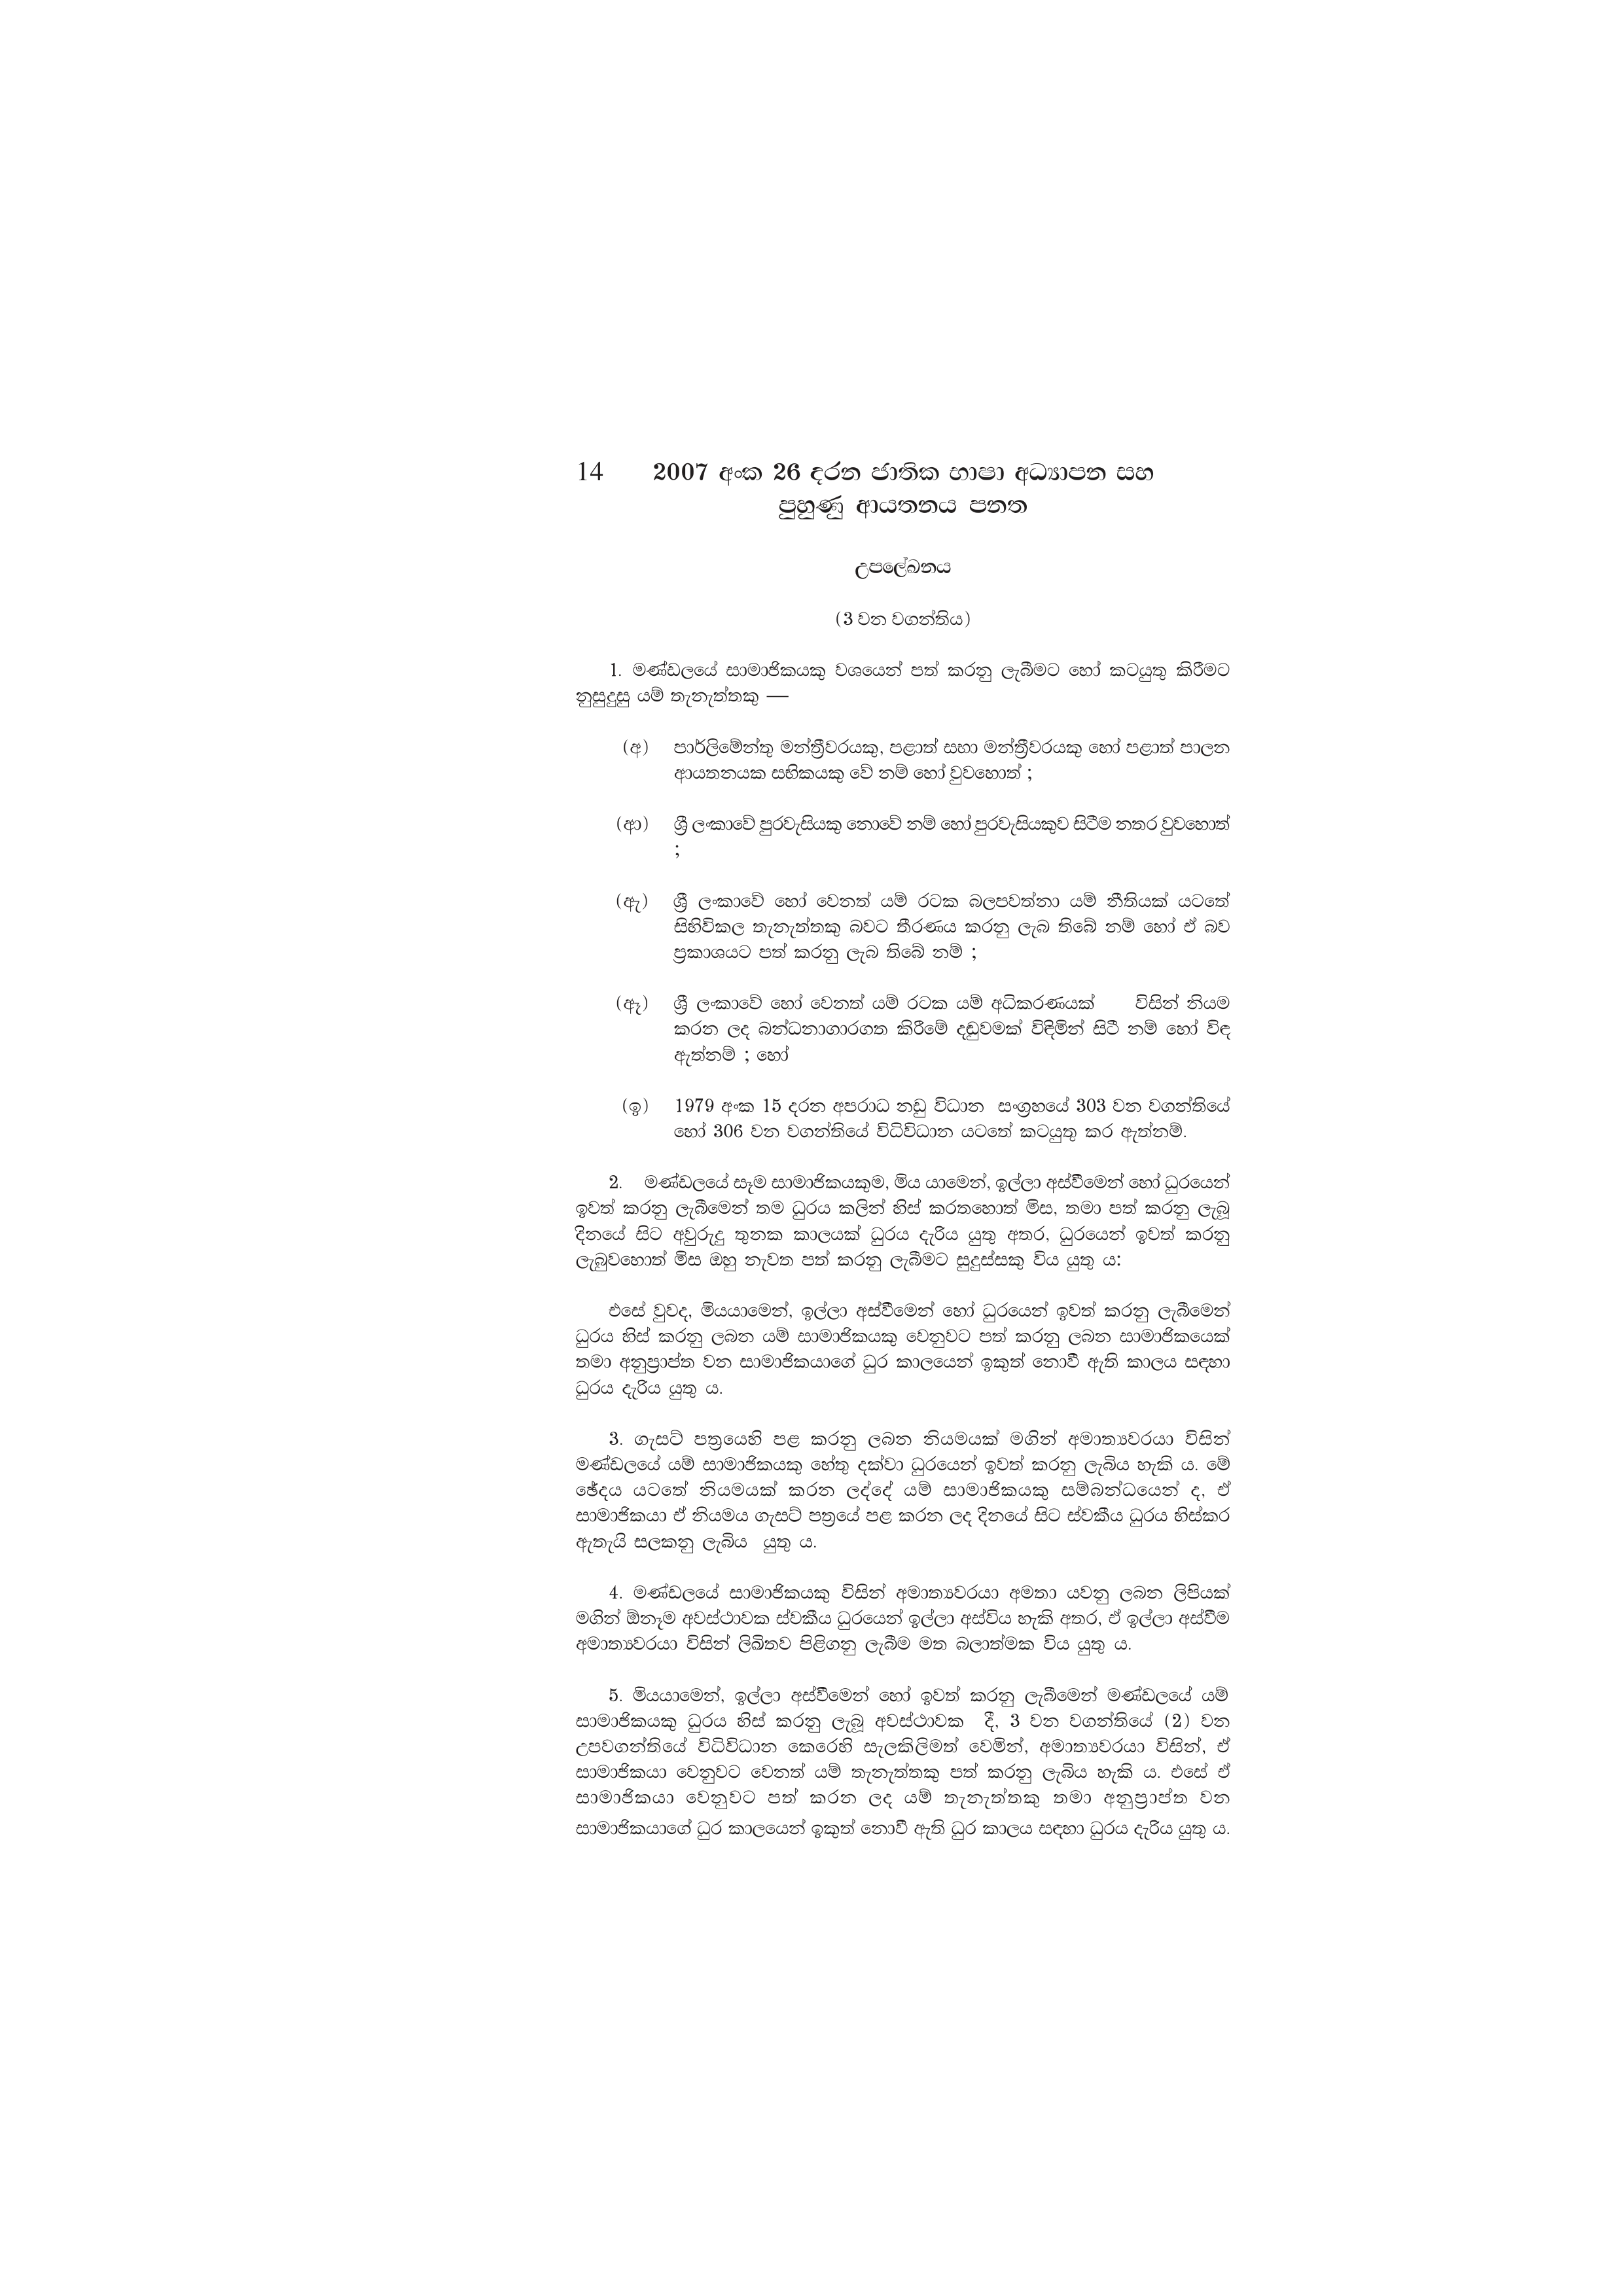
14 2007 අංක 26 දරන ජාතික භාෂා අධ්‍යාපන සහ
පුහුණු ආයතනය පනත

උපලේඛනය

(3 වන වගන්තිය)

1. මණ්ඩලයේ සාමාජිකයකු වශයෙන් පත් කරනු ලැබීමට හෝ කටයුතු කිරීමට
නුසුදුසු යම් තැනැත්තකු —

(අ) පාර්ලිමේන්තු මන්ත්‍රීවරයකු, පළාත් සභා මන්ත්‍රීවරයකු හෝ පළාත් පාලන
ආයතනයක සභිකයකු වේ නම් හෝ වුවහොත් ;

(ආ) ශ්‍රී ලංකාවේ පුරවැසියකු නොවේ නම් හෝ පුරවැසියකුව සිටීම නතර වුවහොත්

(ඇ) ශ්‍රී ලංකාවේ හෝ වෙනත් යම් රටක බලපවත්නා යම් නීතියක් යටතේ
සිහිවිකල තැනැත්තකු බවට තීරණය කරනු ලැබ තිබේ නම් හෝ ඒ බව
ප්‍රකාශයට පත් කරනු ලැබ තිබේ නම් ;

(ඈ) ශ්‍රී ලංකාවේ හෝ වෙනත් යම් රටක යම් අධිකරණයක් විසින් නියම
කරන ලද බන්ධනාගාරගත කිරීමේ දඬුවමක් විඳිමින් සිටී නම් හෝ විඳ
ඇත්නම් ; හෝ

(ඉ) 1979 අංක 15 දරන අපරාධ නඩු විධාන සංග්‍රහයේ 303 වන වගන්තියේ
හෝ 306 වන වගන්තියේ විධිවිධාන යටතේ කටයුතු කර ඇත්නම්.

2. මණ්ඩලයේ සෑම සාමාජිකයකුම, මිය යාමෙන්, ඉල්ලා අස්වීමෙන් හෝ ධුරයෙන්
ඉවත් කරනු ලැබීමෙන් තම ධුරය කලින් හිස් කරතහොත් මිස, තමා පත් කරනු ලැබූ
දිනයේ සිට අවුරුදු තුනක කාලයක් ධුරය දැරිය යුතු අතර, ධුරයෙන් ඉවත් කරනු
ලැබුවහොත් මිස ඔහු නැවත පත් කරනු ලැබීමට සුදුස්සකු විය යුතු ය:

එසේ වුවද, මියයාමෙන්, ඉල්ලා අස්වීමෙන් හෝ ධුරයෙන් ඉවත් කරනු ලැබීමෙන්
ධුරය හිස් කරනු ලබන යම් සාමාජිකයකු වෙනුවට පත් කරනු ලබන සාමාජිකයෙක්
තමා අනුප්‍රාප්ත වන සාමාජිකයාගේ ධුර කාලයෙන් ඉකුත් නොවී ඇති කාලය සඳහා
ධුරය දැරිය යුතු ය.

3. ගැසට් පත්‍රයෙහි පළ කරනු ලබන නියමයක් මගින් අමාත්‍යවරයා විසින්
මණ්ඩලයේ යම් සාමාජිකයකු හේතු දක්වා ධුරයෙන් ඉවත් කරනු ලැබිය හැකි ය. මේ
ඡේදය යටතේ නියමයක් කරන ලද්දේ යම් සාමාජිකයකු සම්බන්ධයෙන් ද, ඒ
සාමාජිකයා ඒ නියමය ගැසට් පත්‍රයේ පළ කරන ලද දිනයේ සිට ස්වකීය ධුරය හිස්කර
ඇතැයි සලකනු ලැබිය යුතු ය.

4. මණ්ඩලයේ සාමාජිකයකු විසින් අමාත්‍යවරයා අමතා යවනු ලබන ලිපියක්
මගින් ඕනෑම අවස්ථාවක ස්වකීය ධුරයෙන් ඉල්ලා අස්විය හැකි අතර, ඒ ඉල්ලා අස්වීම
අමාත්‍යවරයා විසින් ලිඛිතව පිළිගනු ලැබීම මත බලාත්මක විය යුතු ය.

5. මියයාමෙන්, ඉල්ලා අස්වීමෙන් හෝ ඉවත් කරනු ලැබීමෙන් මණ්ඩලයේ යම්
සාමාජිකයකු ධුරය හිස් කරනු ලැබූ අවස්ථාවක දී, 3 වන වගන්තියේ (2) වන
උපවගන්තියේ විධිවිධාන කෙරෙහි සැලකිලිමත් වෙමින්, අමාත්‍යවරයා විසින්, ඒ
සාමාජිකයා වෙනුවට වෙනත් යම් තැනැත්තකු පත් කරනු ලැබිය හැකි ය. එසේ ඒ
සාමාජිකයා වෙනුවට පත් කරන ලද යම් තැනැත්තකු තමා අනුප්‍රාප්ත වන
සාමාජිකයාගේ ධුර කාලයෙන් ඉකුත් නොවී ඇති ධුර කාලය සඳහා ධුරය දැරිය යුතු ය.